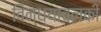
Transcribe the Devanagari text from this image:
विन्ध्याचलकी